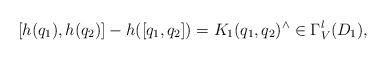
LaTeX: \begin{align*}[h(q_1),h(q_2)] - h([q_1,q_2]) = K_1(q_1,q_2)^\wedge\in\Gamma_V^l(D_1),\end{align*}